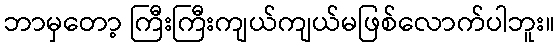
ဘာမှတော့ ကြီးကြီးကျယ်ကျယ်မဖြစ်လောက်ပါဘူး။